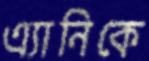
এ্যানিকে